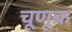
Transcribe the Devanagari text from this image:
चूणूक